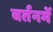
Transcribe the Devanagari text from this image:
बर्तनमें